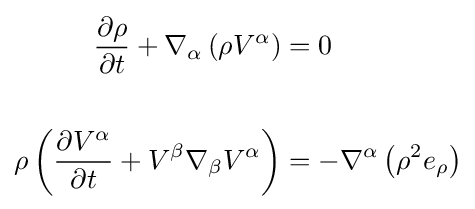
{\begin{aligned}{\frac {\partial \rho }{\partial t}}+\nabla _{\alpha }\left(\rho V^{\alpha }\right)&=0\\&\\\rho \left({\frac {\partial V^{\alpha }}{\partial t}}+V^{\beta }\nabla _{\beta }V^{\alpha }\right)&=-\nabla ^{\alpha }\left(\rho ^{2}e_{\rho }\right)\end{aligned}}